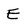
Character: E